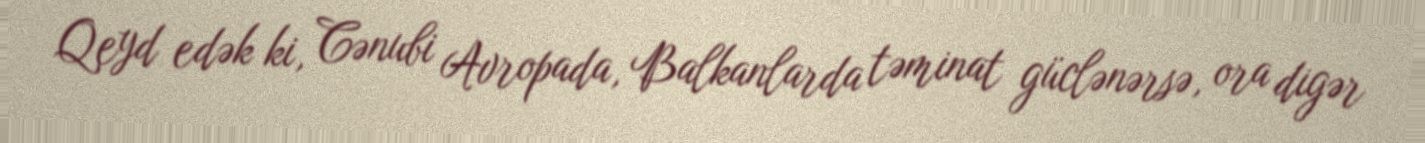
Qeyd edək ki, Cənubi Avropada, Balkanlarda təminat güclənərsə, ora digər